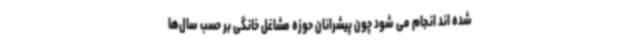
شده اند انجام می شود چون پیشرانان حوزه مشاغل خانگی بر حسب سال‌ها